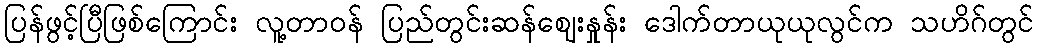
ပြန်ဖွင့်ပြီဖြစ်ကြောင်း လူ့တာဝန် ပြည်တွင်းဆန်ဈေးနှုန်း ဒေါက်တာယုယုလွင်က သဟိဂ်တွင်